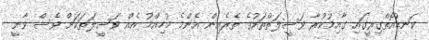
ކަނޑުއޮތްގިރީގައި ގާއިމުކުރާ ވަސީލަތްތަކުގެ ތެރެއިން އެންމެ މުހިއްމު އެއް ވަސީލަތަކަށް ވެސް ވާނީ